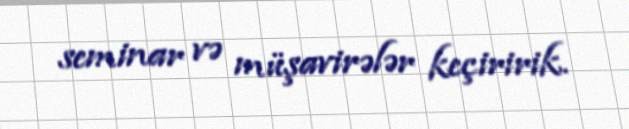
seminar və müşavirələr keçiririk.